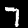
Label: 7